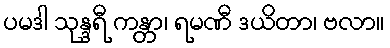
ပမဒါ သုန္ဒရီ ကန္တာ၊ ရမဏီ ဒယိတာ၊ ဗလာ။